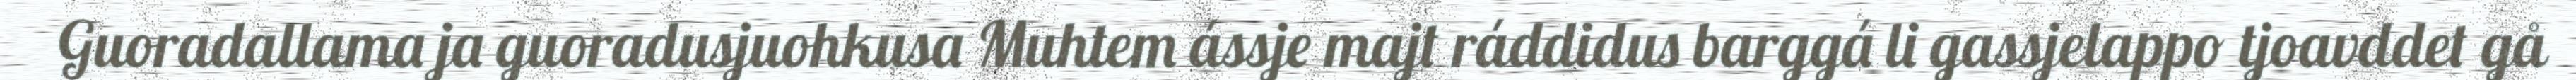
Guoradallama ja guoradusjuohkusa Muhtem ássje majt ráddidus barggá li gassjelappo tjoavddet gå